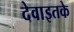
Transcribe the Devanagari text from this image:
देवाइतके